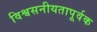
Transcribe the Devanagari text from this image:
विश्वसनीयतापूर्वक